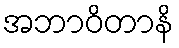
အဘာဝိတာနိ